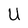
Character: U